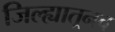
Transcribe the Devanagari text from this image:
जिल्ह्यातूनच